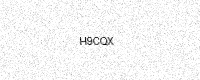
Text: H9CQX